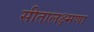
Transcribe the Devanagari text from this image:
सीतालक्ष्मणा